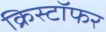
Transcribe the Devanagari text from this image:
क्रिस्टॉफर